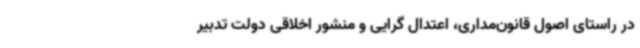
در راستای اصول قانون‌مداری، اعتدال گرایی و منشور اخلاقی دولت تدبیر